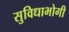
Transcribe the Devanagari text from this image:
सुविधाभोगी